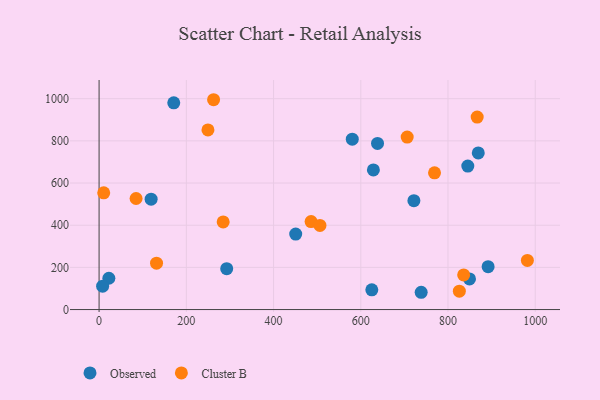
{"axis": {"x": "Experience", "y": "Sales"}, "legend": ["Cluster B", "Observed"], "data": [{"x": "580.5", "y": 807.9, "type": "Observed"}, {"x": "638.4", "y": 788.1, "type": "Observed"}, {"x": "721.8", "y": 516.3, "type": "Observed"}, {"x": "119.3", "y": 523.6, "type": "Observed"}, {"x": "22.4", "y": 148.4, "type": "Observed"}, {"x": "292.6", "y": 194.0, "type": "Observed"}, {"x": "849.3", "y": 145.3, "type": "Observed"}, {"x": "625.3", "y": 93.6, "type": "Observed"}, {"x": "628.9", "y": 662.1, "type": "Observed"}, {"x": "892.0", "y": 203.6, "type": "Observed"}, {"x": "845.4", "y": 680.7, "type": "Observed"}, {"x": "171.2", "y": 980.3, "type": "Observed"}, {"x": "450.8", "y": 358.2, "type": "Observed"}, {"x": "8.1", "y": 110.7, "type": "Observed"}, {"x": "738.5", "y": 82.0, "type": "Observed"}, {"x": "869.4", "y": 743.0, "type": "Observed"}, {"x": "706.4", "y": 818.1, "type": "Cluster B"}, {"x": "486.1", "y": 417.3, "type": "Cluster B"}, {"x": "131.7", "y": 220.1, "type": "Cluster B"}, {"x": "10.6", "y": 553.7, "type": "Cluster B"}, {"x": "249.6", "y": 852.1, "type": "Cluster B"}, {"x": "506.4", "y": 399.0, "type": "Cluster B"}, {"x": "769.1", "y": 648.7, "type": "Cluster B"}, {"x": "826.0", "y": 87.3, "type": "Cluster B"}, {"x": "982.0", "y": 233.0, "type": "Cluster B"}, {"x": "835.9", "y": 164.5, "type": "Cluster B"}, {"x": "262.5", "y": 995.2, "type": "Cluster B"}, {"x": "84.8", "y": 526.8, "type": "Cluster B"}, {"x": "866.9", "y": 912.7, "type": "Cluster B"}, {"x": "284.5", "y": 415.7, "type": "Cluster B"}]}